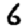
Digit: 6